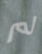
لم